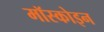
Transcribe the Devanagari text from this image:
मॉस्कोइन